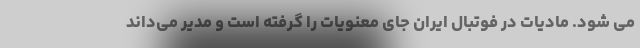
می شود. مادیات در فوتبال ایران جای معنویات را گرفته است و مدیر می‌داند